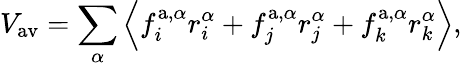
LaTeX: V_{{\mathrm{av}}}=\sum_{\alpha}\left\langle f_{i}^{\mathrm{a},\alpha}r_{i}^{\alpha}+f_{j}^{\mathrm{a},\alpha}r_{j}^{\alpha}+f_{k}^{\mathrm{a},\alpha}r_{k}^{\alpha}\right\rangle,